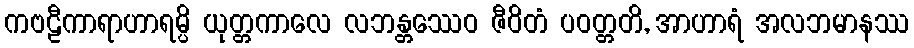
ကဗဠီကာရာဟာရမ္ပိ ယုတ္တကာလေ လဘန္တဿေဝ ဇီဝိတံ ပဝတ္တတိ, အာဟာရံ အလဘမာနဿ